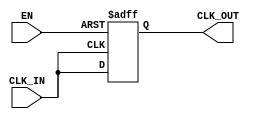
module basic_clock_buffer (
    input wire CLK_IN,      // Clock input
    input wire EN,         // Enable signal
    output reg CLK_OUT      // Buffered clock output
);

// Parameters for propagation delay (can be adjusted based on actual requirements)
parameter PROP_DELAY = 1; // Propagation delay in simulation time units

// Always block to handle clock buffering
always @(posedge CLK_IN or negedge EN) begin
    if (!EN) begin
        // When EN is low, hold the output in a defined state (usually low)
        CLK_OUT <= 1'b0;
    end else begin
        // When EN is high, buffer the input clock to the output
        CLK_OUT <= #PROP_DELAY CLK_IN; // Propagation delay applied
    end
end

endmodule